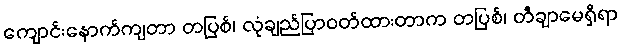
ကျောင်းနောက်ကျတာ တပြစ်၊ လုံချည်ပြာဝတ်ထားတာက တပြစ်၊ တီချာမေရှိရာ